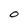
Character: O